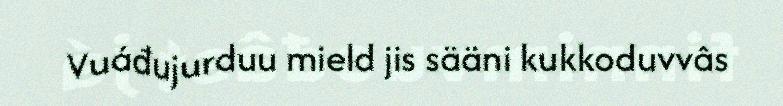
Vuáđujurduu mield jis sääni kukkoduvvâs